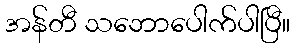
အန်တီ သဘောပေါက်ပါပြီ။